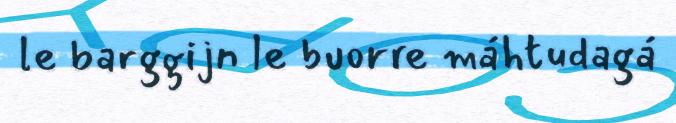
le barggijn le buorre máhtudagá